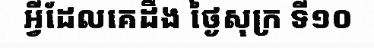
អ្វីដែលគេដឹង ថ្ងៃសុក្រ ទី១០